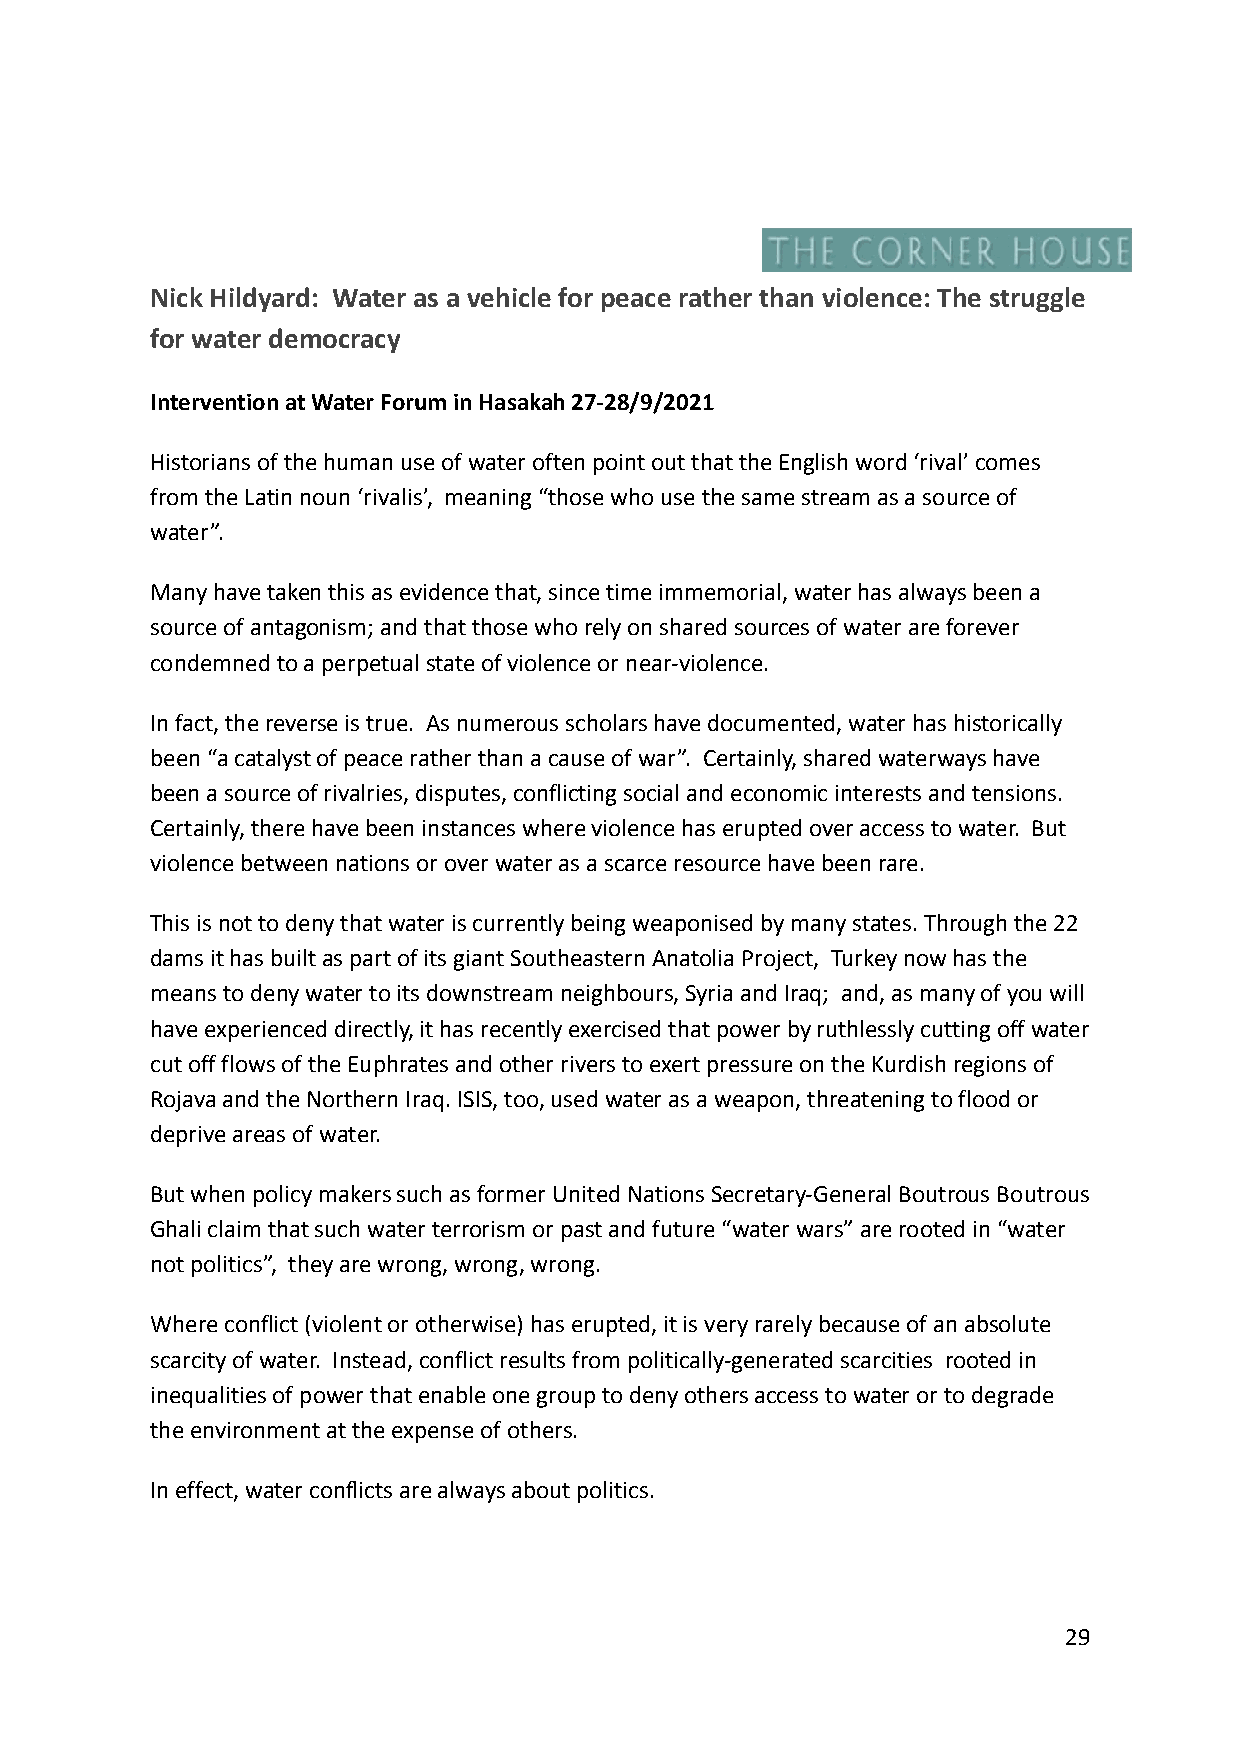
Nick Hildyard: Water as a vehicle for peace rather than violence: The struggle
 for water democracy
 Intervention at Water Forum in Hasakah 27-28/9/2021
 Historians of the human use of water often point out that the English word ‘rival’ comes
 from the Latin noun ‘rivalis’, meaning “those who use the same stream as a source of
 water”.
 Many have taken this as evidence that, since time immemorial, water has always been a
 source of antagonism; and that those who rely on shared sources of water are forever
 condemned to a perpetual state of violence or near-violence.
 In fact, the reverse is true. As numerous scholars have documented, water has historically
 been “a catalyst of peace rather than a cause of war”. Certainly, shared waterways have
 been a source of rivalries, disputes, conflicting social and economic interests and tensions.
 Certainly, there have been instances where violence has erupted over access to water. But
 violence between nations or over water as a scarce resource have been rare.
 This is not to deny that water is currently being weaponised by many states. Through the 22
 dams it has built as part of its giant Southeastern Anatolia Project, Turkey now has the
 means to deny water to its downstream neighbours, Syria and Iraq; and, as many of you will
 have experienced directly, it has recently exercised that power by ruthlessly cutting off water
 cut off flows of the Euphrates and other rivers to exert pressure on the Kurdish regions of
 Rojava and the Northern Iraq. ISIS, too, used water as a weapon, threatening to flood or
 deprive areas of water.
 But when policy makers such as former United Nations Secretary-General Boutrous Boutrous
 Ghali claim that such water terrorism or past and future “water wars” are rooted in “water
 not politics”, they are wrong, wrong, wrong.
 Where conflict (violent or otherwise) has erupted, it is very rarely because of an absolute
 scarcity of water. Instead, conflict results from politically-generated scarcities rooted in
 inequalities of power that enable one group to deny others access to water or to degrade
 the environment at the expense of others.
 In effect, water conflicts are always about politics.
 29